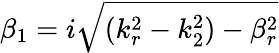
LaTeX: \beta_{1}=i\sqrt{(k_{r}^{2}-k_{2}^{2})-\beta_{r}^{2}}